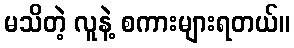
မသိတဲ့ လူနဲ့ စကားများရတယ်။